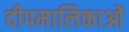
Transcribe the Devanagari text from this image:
दीपमालिकाओं